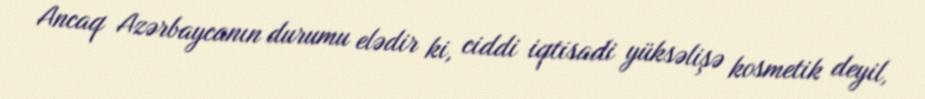
Ancaq Azərbaycanın durumu elədir ki, ciddi iqtisadi yüksəlişə kosmetik deyil,